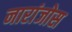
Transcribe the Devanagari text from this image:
नारांजोस